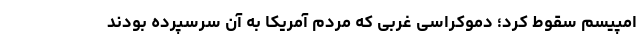
امپیسم سقوط کرد؛ دموکراسی غربی که مردم آمریکا به آن سرسپرده بودند